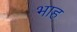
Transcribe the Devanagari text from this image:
भाह